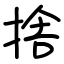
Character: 捨